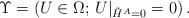
LaTeX: \begin{align*}\Upsilon=\left(U\in\Omega;\,U\vert_{\tilde H^A=0}=0 \right).\end{align*}